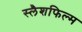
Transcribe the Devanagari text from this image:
स्लैशफिल्म